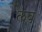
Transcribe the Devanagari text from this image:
लव्